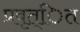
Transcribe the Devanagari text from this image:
प्रवृत्ित